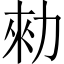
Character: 勑